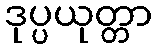
ဒုပ္ပယုတ္တာ